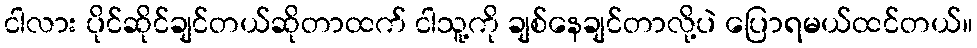
ငါလား ပိုင်ဆိုင်ချင်တယ်ဆိုတာထက် ငါသူ့ကို ချစ်နေချင်တာလို့ပဲ ပြောရမယ်ထင်တယ်။